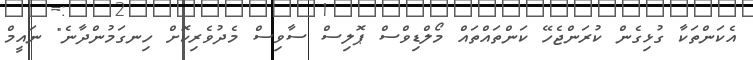
އެކަންތަކާ ގުޅިގެން ކުރަންޖެހޭ ކަންތައްތައް މޯލްޑިވްސް ޕޮލިސް ސާވިސް މެދުވެރިކޮށް ހިނގަމުންދާނެ" ނައީމް